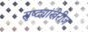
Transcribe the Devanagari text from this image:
सृष्ट्यांखेरीज